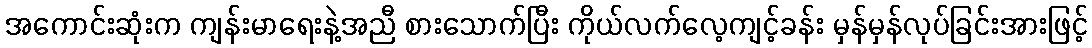
အကောင်းဆုံးက ကျန်းမာရေးနဲ့အညီ စားသောက်ပြီး ကိုယ်လက်လေ့ကျင့်ခန်း မှန်မှန်လုပ်ခြင်းအားဖြင့်